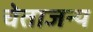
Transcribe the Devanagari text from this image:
चेताजन्य